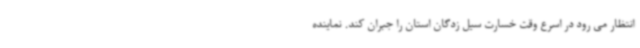
انتظار می رود در اسرع وقت خسارت سیل زدگان استان را جبران کند. نماینده